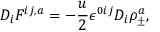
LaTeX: D _ { i } F ^ { i j , a } = - \frac { u } { 2 } \epsilon ^ { 0 i j } D _ { i } \rho _ { \pm } ^ { a } ,